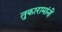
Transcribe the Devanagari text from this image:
तुकारामांनीं